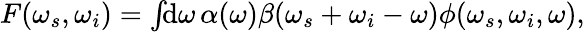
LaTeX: \begin{array}{r}{F(\omega_{s},\omega_{i})=\int\! \! \mathrm{d}\omega\, \alpha(\omega)\beta(\omega_{s}+\omega_{i}-\omega)\phi(\omega_{s},\omega_{i},\omega),}\end{array}